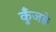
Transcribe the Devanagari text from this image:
कुँजड़े